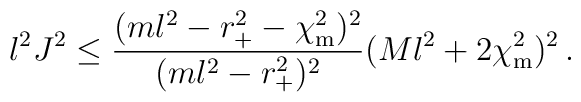
l^2 J^2 \leq \frac{(ml^2-r_+^2-\chi^2_{\rm m})^2}{(ml^2-r_+^2)^2}(Ml^2 + 2\chi_{\rm m}^2)^2\,.